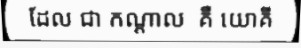
ដែល ជា កណ្តាល  គឺ យោគី